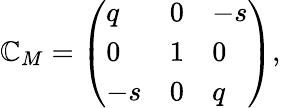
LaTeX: \mathbb{C}_{M}=\left(\begin{array}{lll}{{q}}&{{0}}&{{-s}}\\ {{0}}&{{1}}&{{0}}\\ {{-s}}&{{0}}&{{q}}\end{array}\right),